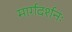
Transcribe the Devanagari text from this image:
मार्गदर्शनः